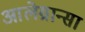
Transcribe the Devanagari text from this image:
आलेग्रान्सा